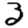
Digit: 3